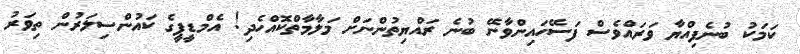
ކަމަކު ބުނެފިއްޔާ ވަރައްވެސް ފަސޭހައިންވާނޭ ބުނެ ރައްޔިތުންނަށް މަލާމާތްކޮއްހެދި! އެމްޑީޕީގެ ކައުންސިލަރުން ތިވަރު